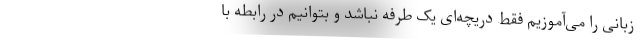
زبانی را می‌آموزیم فقط دریچه‌ای یک طرفه نباشد و بتوانیم در رابطه با